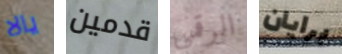
يالا قدمين الرقمي برايان